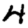
Digit: 4